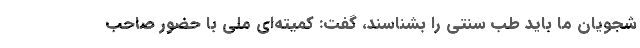
شجویان ما باید طب سنتی را بشناسند، گفت: کمیته‌ای ملی با حضور صاحب